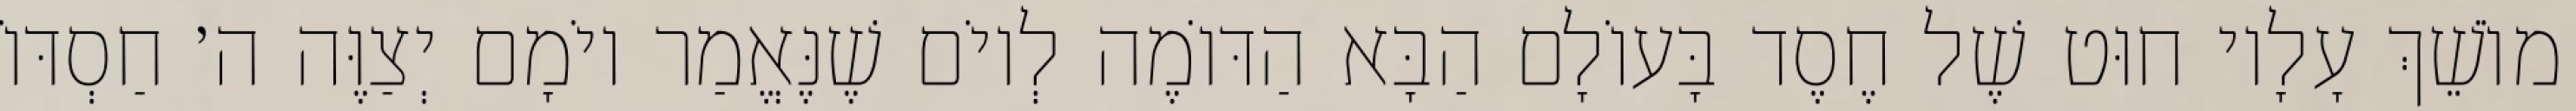
מוֹשֵׁךְ עָלָיו חוּט שֶׁל חֶסֶד בָּעוֹלָם הַבָּא הַדּוֹמֶה לְיוֹם שֶׁנֶּאֱמַר יוֹמָם יְצַוֶּה ה׳ חַסְדּוֹ